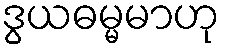
ဒွယဓမ္မမာဟု